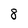
Character: 8